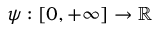
\psi : [ 0 , + \infty ] \rightarrow \mathbb { R }